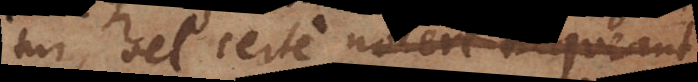
vel certe nocere nequeant